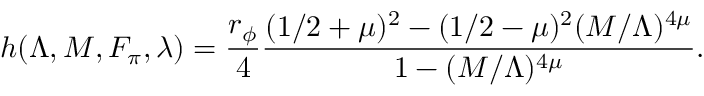
h ( \Lambda , M , F _ { \pi } , \lambda ) = \frac { r _ { \phi } } { 4 } \frac { ( 1 / 2 + \mu ) ^ { 2 } - ( 1 / 2 - \mu ) ^ { 2 } ( M / \Lambda ) ^ { 4 \mu } } { 1 - ( M / \Lambda ) ^ { 4 \mu } } .